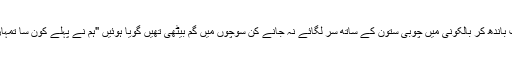
نواب بیگم جو اپنا مختصر اسباب باندھ کر بالکونی میں چوبی ستون کے ساتھ سر لگائے نہ جانے کن سوچوں میں گم بیٹھی تھیں گویا ہوئیں "ہم نے پہلے کون سا تمہاری کسی خواہش سے انکار کیا؟